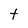
Character: t